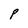
Character: P